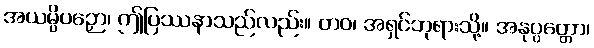
အယမ္ပိပဉှော၊ ဤပြဿနာသည်လည်း။ တဝ၊ အရှင်ဘုရားသို့။ အနုပ္ပတ္တော၊